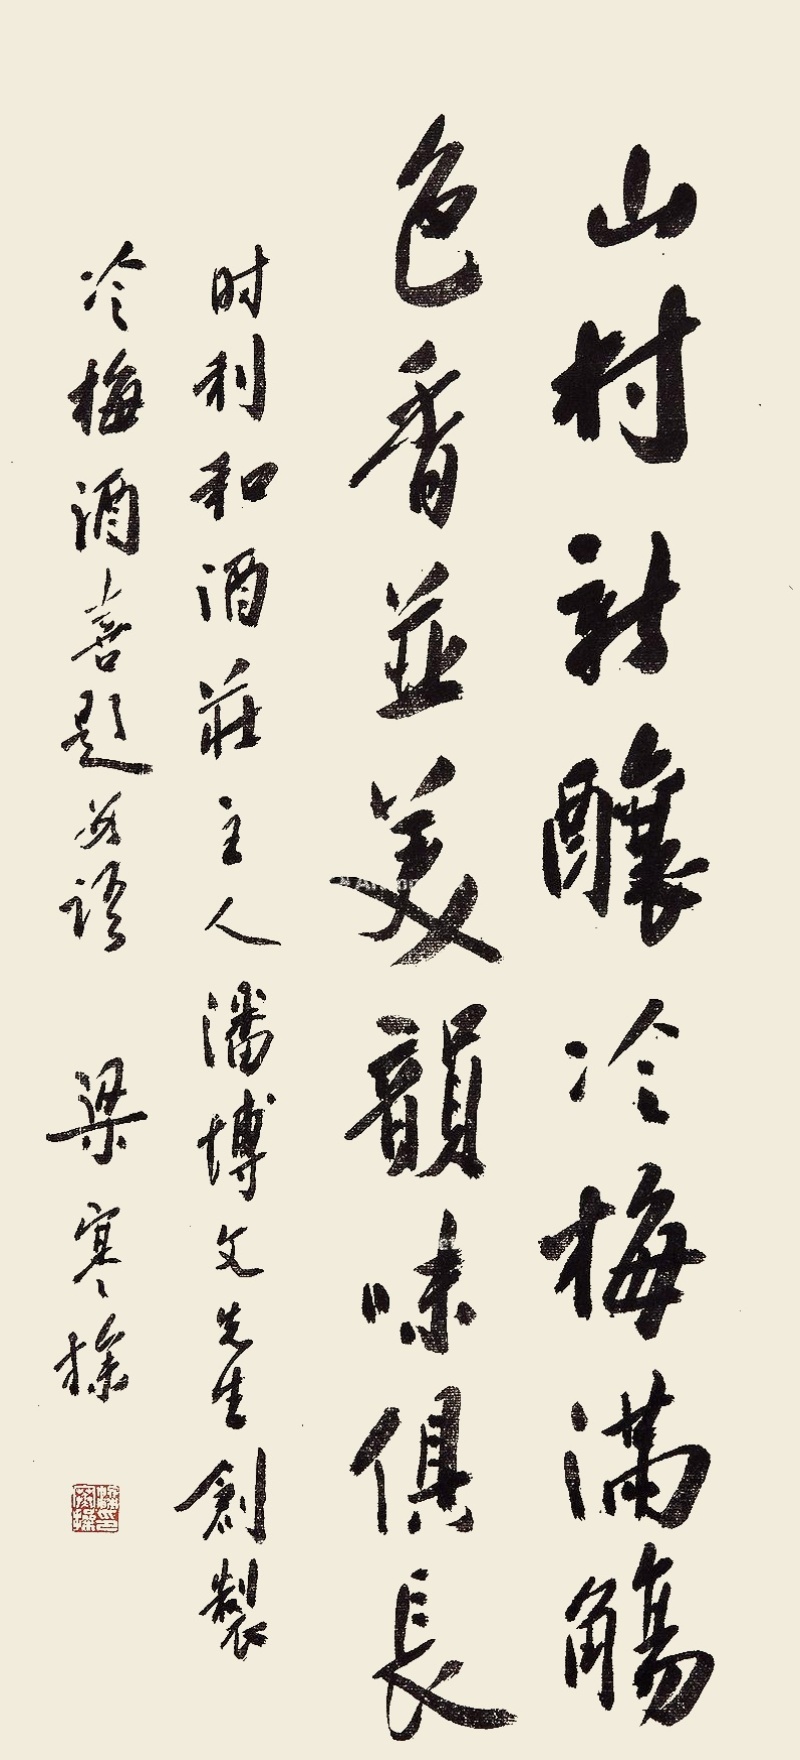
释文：山村新酿，冷梅满觞。色香并美，韵味俱长。时利和酒庄主人潘博文先生创制冷梅酒，喜题数语。